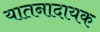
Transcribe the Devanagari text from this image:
यातनादायक